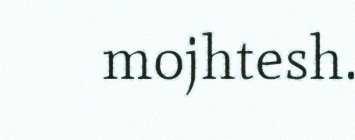
mojhtesh.